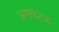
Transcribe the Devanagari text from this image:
अमकंटक